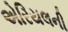
એરિયલની